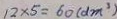
1 2 \times 5 = 6 0 ( d m ^ { 3 } )